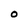
Character: O